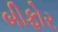
બીફોર